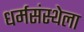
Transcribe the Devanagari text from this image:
धर्मसंस्थेला